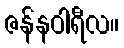
ဇန်နဝါရီလ။